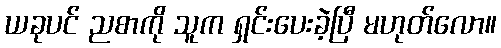
ယခုပင် ညစာကို သူက ရှင်းပေးခဲ့ပြီ မဟုတ်လော။